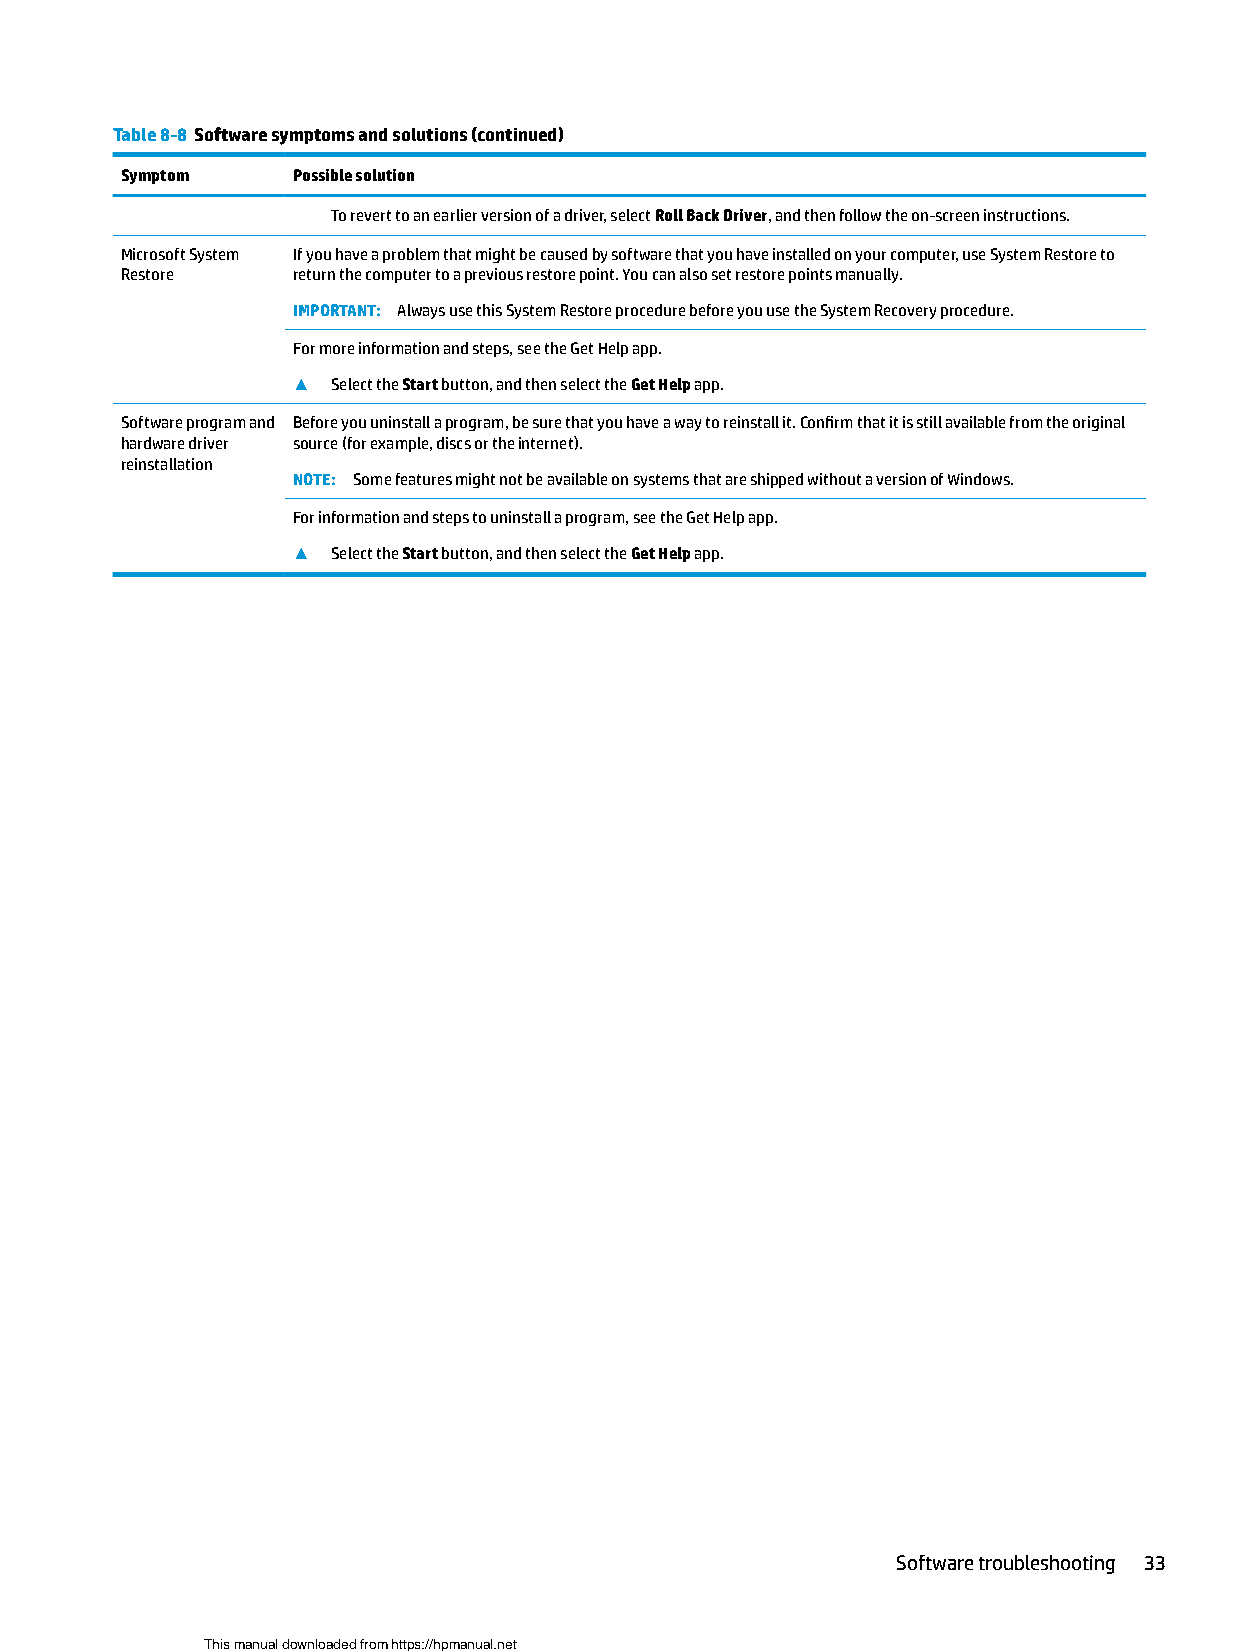
Table 8-8 Software symptoms and solutions (continued)
 Symptom    Possible solution
 To revert to an earlier version of a driver, select Roll Back Driver, and then follow the on-screen instructions.
 Microsoft System If you have a problem that might be caused by software that you have installed on your computer, use System Restore to
 Restore    return the computer to a previous restore point. You can also set restore points manually.
 IMPORTANT: Always use this System Restore procedure before you use the System Recovery procedure.
 For more information and steps, see the Get Help app.
 ▲  Select the Start button, and then select the Get Help app.
 Software program and Before you uninstall a program, be sure that you have a way to reinstall it. Confirm that it is still available from the original
 hardware driver source (for example, discs or the internet).
 reinstallation
 NOTE: Some features might not be available on systems that are shipped without a version of Windows.
 For information and steps to uninstall a program, see the Get Help app.
 ▲  Select the Start button, and then select the Get Help app.
 Software troubleshooting 33
 This manual downloaded from https://hpmanual.net